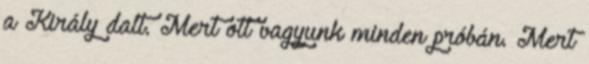
a Király dalt. Mert ott vagyunk minden próbán. Mert